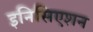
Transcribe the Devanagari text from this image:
इनिसिएशन